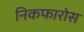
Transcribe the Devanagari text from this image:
निकफारोस